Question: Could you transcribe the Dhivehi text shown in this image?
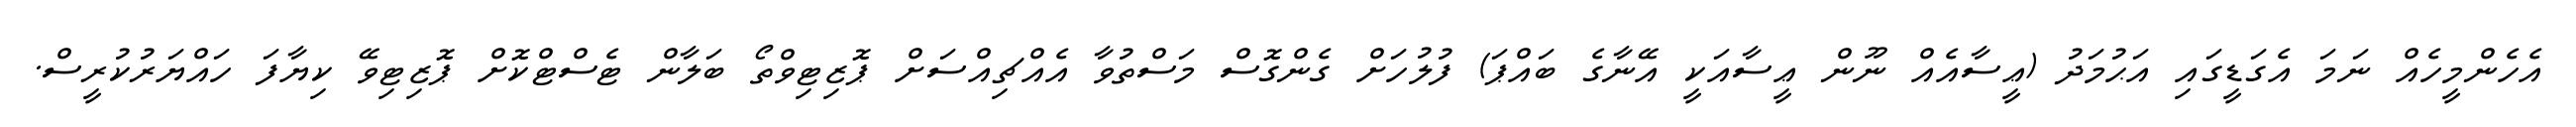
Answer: އެހެންމީހެއް ނަމަ އެގަޑީގައި އަޙުމަދު (ޢީސާއެއް ނޫން ޢީސާއަކީ އޭނާގެ ބައްޕަ) ފުލުހަށް ގެންގޮސް މަސްތުވާ އެއްޗިއްސަށް ޕޮޒިޓިވްތޯ ބަލާން ޓެސްޓްކޮށް ޕޮޒިޓިވޭ ކިޔާފަ ހައްޔަރުކުރީސް.